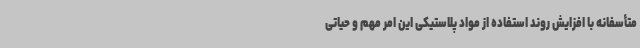
متأسفانه با افزایش روند استفاده از مواد پلاستیکی این امر مهم و حیاتی